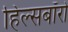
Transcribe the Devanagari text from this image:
हिल्सबॉरो